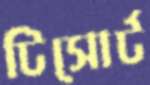
টিসোর্ট